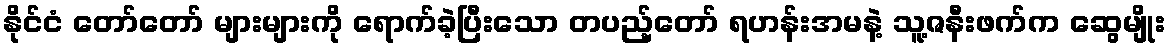
နိုင်ငံ တော်တော် များများကို ရောက်ခဲ့ပြီးသော တပည့်တော် ရဟန်းအမနဲ့ သူ့ဇနီးဖက်က ဆွေမျိုး